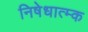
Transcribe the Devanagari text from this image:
निषेधात्म्क